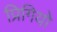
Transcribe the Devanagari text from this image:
प्रिगियो